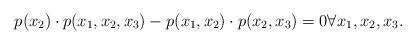
LaTeX: \begin{align*}p(x_2) \cdot p(x_1, x_2, x_3) - p(x_1, x_2) \cdot p(x_2, x_3) = 0 \forall x_1, x_2, x_3.\end{align*}